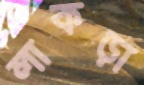
লাকড়া